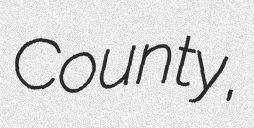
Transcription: County,